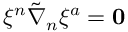
\xi ^ { n } \tilde { \nabla } _ { n } \xi ^ { a } = \mathbf { 0 }